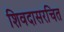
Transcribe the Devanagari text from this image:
शिवदासरचित